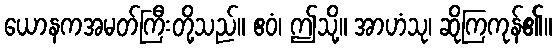
ယောနကအမတ်ကြီးတို့သည်။ ဧဝံ၊ ဤသို့။ အာဟံသု၊ ဆိုကြကုန်၏။